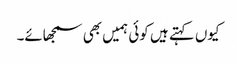
کیوں کہتے ہیں کوئی ہمیں بھی سمجھائے۔